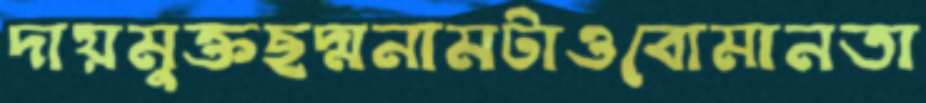
দায়মুক্তছদ্মনামটাওবোমানতা